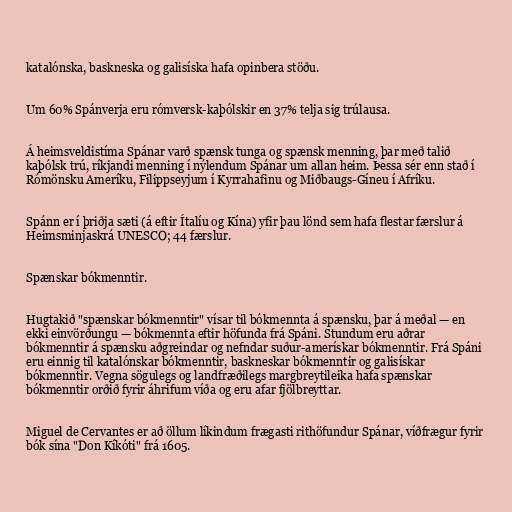
katalónska, baskneska og galisíska hafa opinbera stöðu.

Um 60% Spánverja eru rómversk-kaþólskir en 37% telja sig trúlausa.

Á heimsveldistíma Spánar varð spænsk tunga og spænsk menning, þar með talið
kaþólsk trú, ríkjandi menning í nýlendum Spánar um allan heim. Þessa sér enn stað í
Rómönsku Ameríku, Filippseyjum í Kyrrahafinu og Miðbaugs-Gíneu í Afríku.

Spánn er í þriðja sæti (á eftir Ítalíu og Kína) yfir þau lönd sem hafa flestar færslur á
Heimsminjaskrá UNESCO; 44 færslur.

Spænskar bókmenntir.

Hugtakið "spænskar bókmenntir" vísar til bókmennta á spænsku, þar á meðal — en
ekki einvörðungu — bókmennta eftir höfunda frá Spáni. Stundum eru aðrar
bókmenntir á spænsku aðgreindar og nefndar suður-amerískar bókmenntir. Frá Spáni
eru einnig til katalónskar bókmenntir, baskneskar bókmenntir og galisískar
bókmenntir. Vegna sögulegs og landfræðilegs margbreytileika hafa spænskar
bókmenntir orðið fyrir áhrifum víða og eru afar fjölbreyttar.

Miguel de Cervantes er að öllum líkindum frægasti rithöfundur Spánar, víðfrægur fyrir
bók sína "Don Kíkóti" frá 1605.